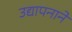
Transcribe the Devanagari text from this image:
उद्यापनाने